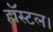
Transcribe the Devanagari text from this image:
हॉस्टल।